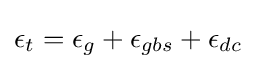
\epsilon _{t}=\epsilon _{g}+\epsilon _{gbs}+\epsilon _{dc}